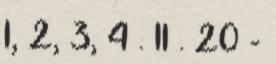
1, 2, 3, 4 . 11 . 20 -